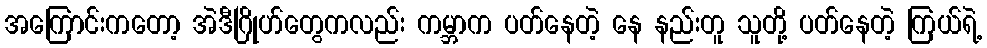
အကြောင်းကတော့ အဲဒီဂြိုဟ်တွေကလည်း ကမ္ဘာက ပတ်နေတဲ့ နေ နည်းတူ သူတို့ ပတ်နေတဲ့ ကြယ်ရဲ့